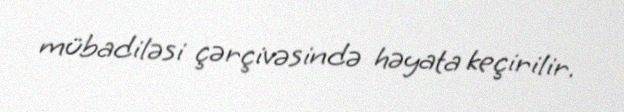
mübadiləsi çərçivəsində həyata keçirilir.